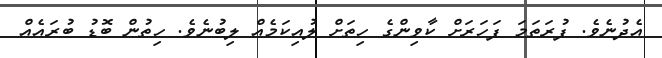
އެދުނެވެ. ފުރަތަމަ ފަހަރަށް ކާވިންގެ ހިތަށް ލުއިކަމެއް ލިބުނެވެ. ހިތުން ބޮޑު ބުރައެއް